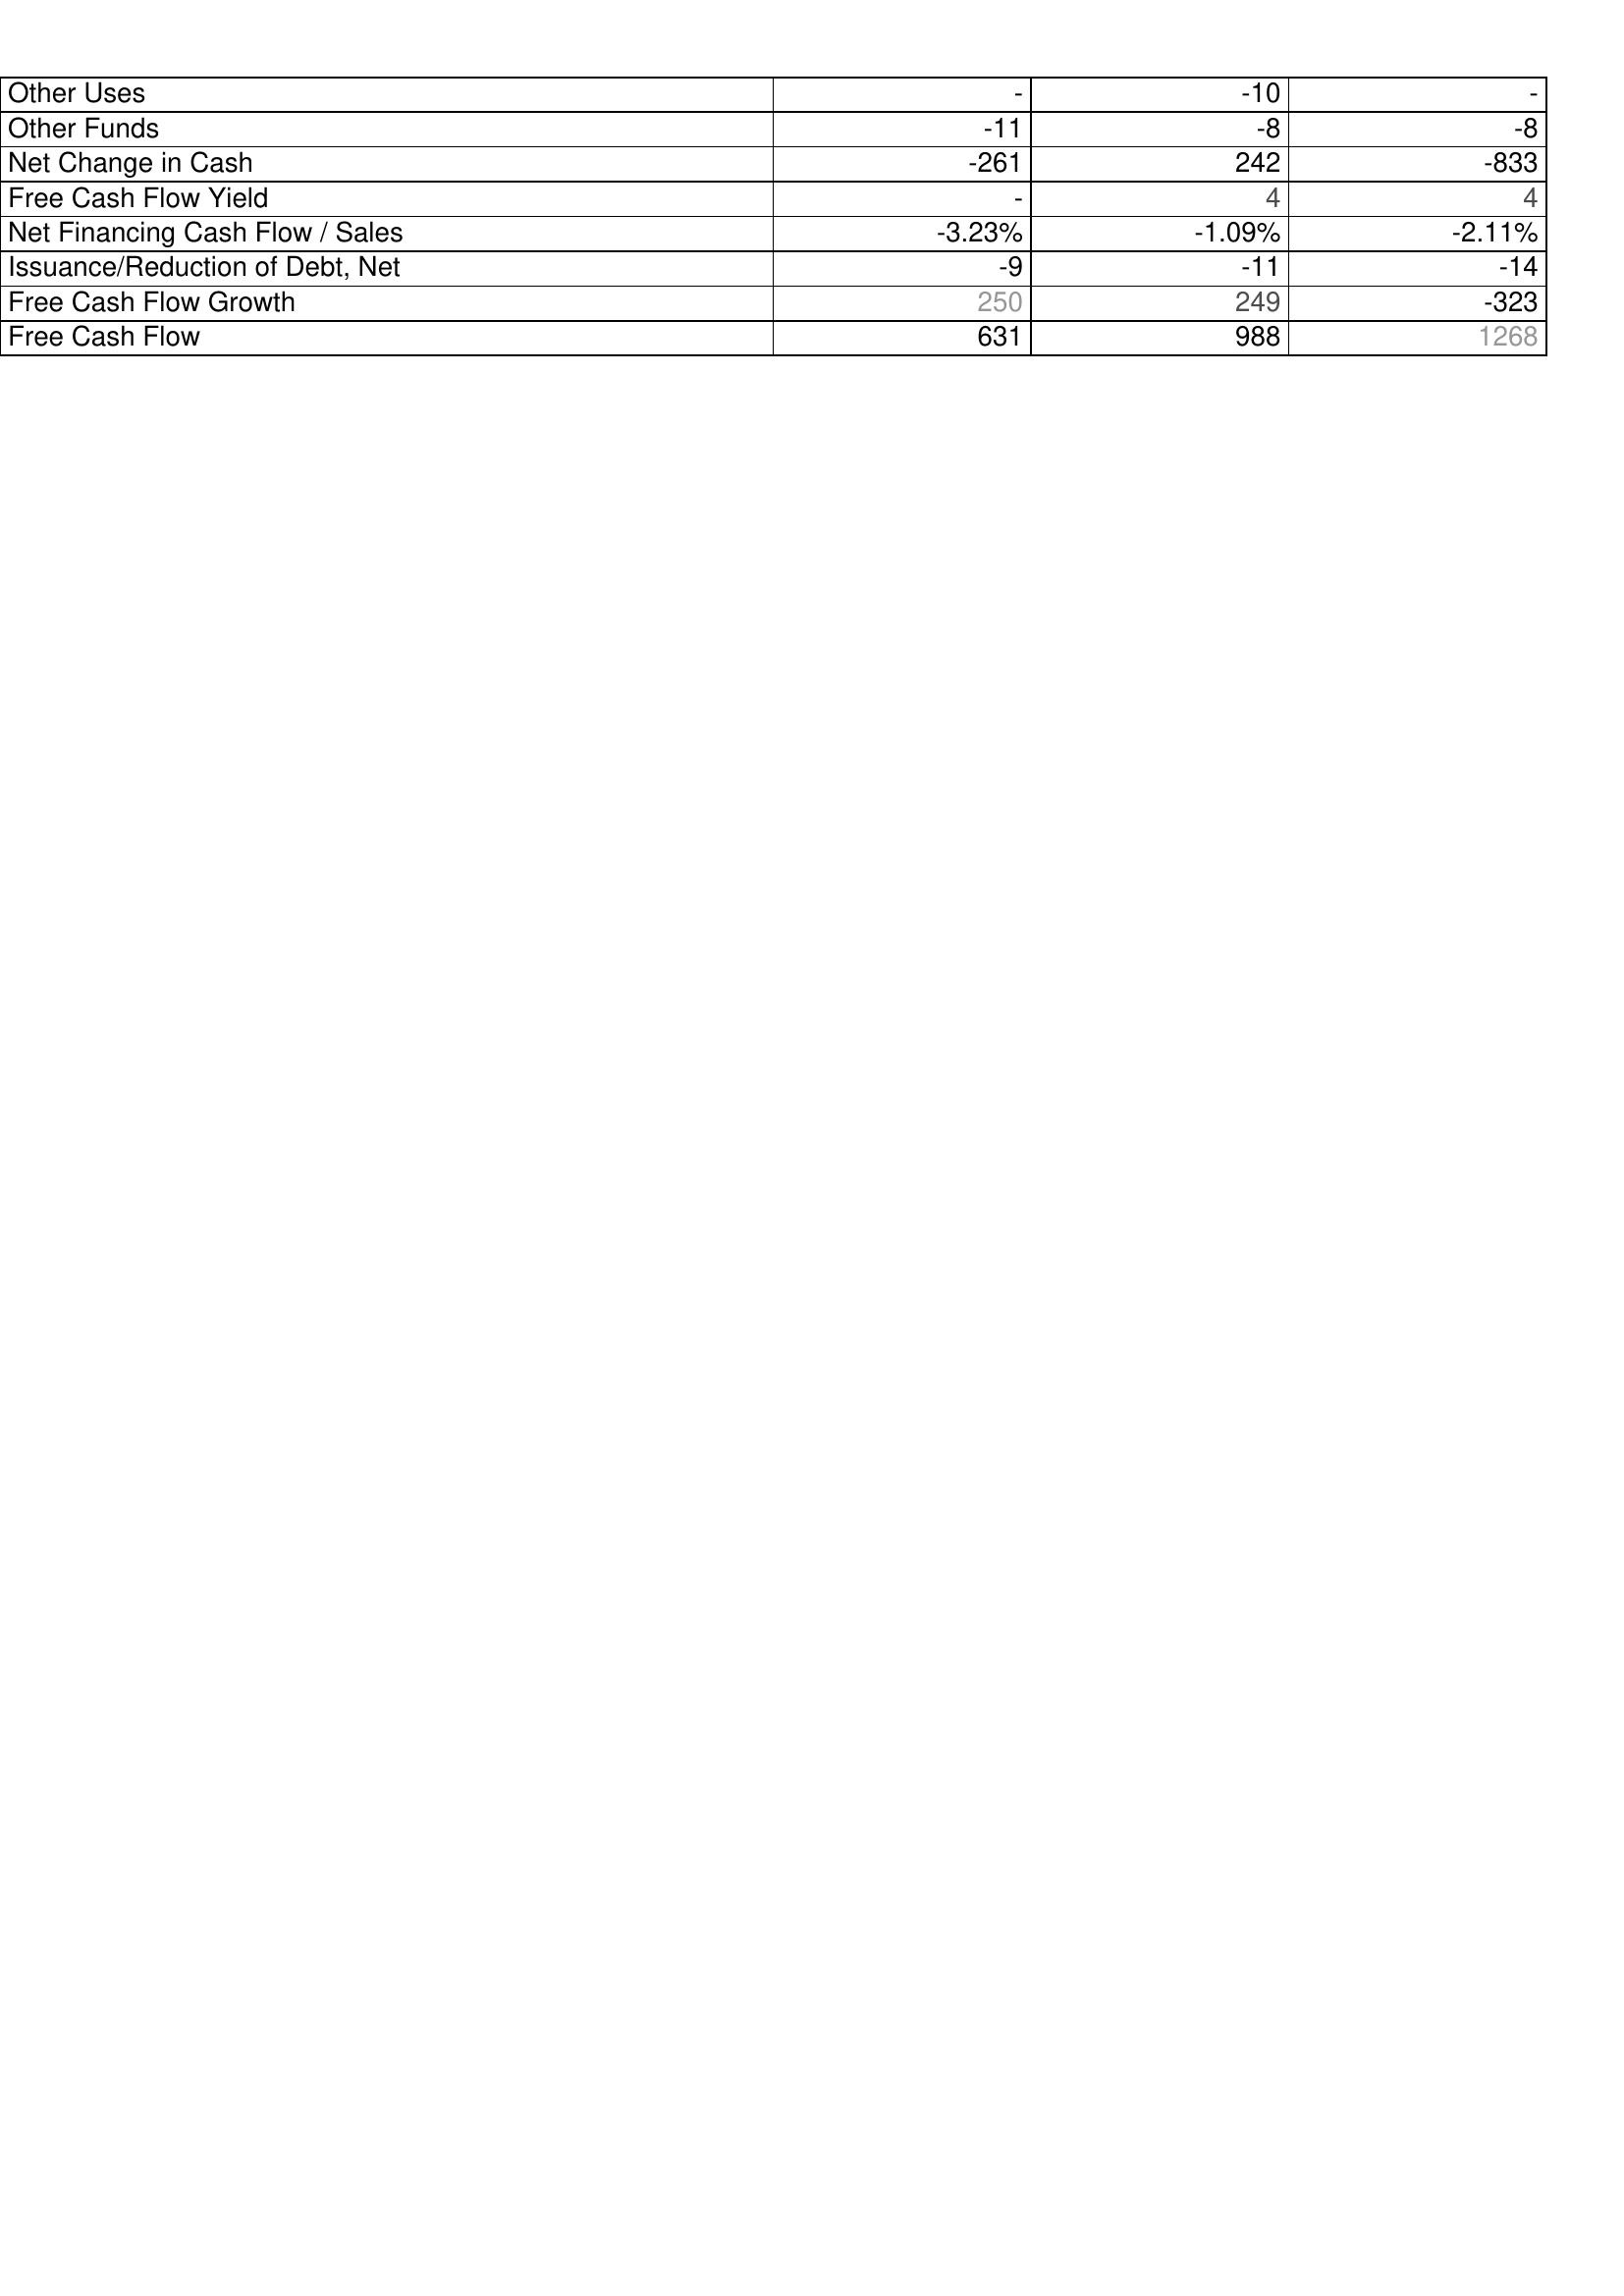
2010: Financing Activities: Other Uses: -
Other Funds: -11
Net Change in Cash: -261
Free Cash Flow Yield: -
Net Financing Cash Flow / Sales: -3.23%
Issuance/Reduction of Debt, Net: -9
Free Cash Flow Growth: 250
Free Cash Flow: 631
2009: Financing Activities: Other Uses: -10
Other Funds: -8
Net Change in Cash: 242
Free Cash Flow Yield: 4
Net Financing Cash Flow / Sales: -1.09%
Issuance/Reduction of Debt, Net: -11
Free Cash Flow Growth: 249
Free Cash Flow: 988
2008: Financing Activities: Other Uses: -
Other Funds: -8
Net Change in Cash: -833
Free Cash Flow Yield: 4
Net Financing Cash Flow / Sales: -2.11%
Issuance/Reduction of Debt, Net: -14
Free Cash Flow Growth: -323
Free Cash Flow: 1268